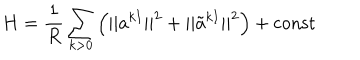
H = { \frac { 1 } { R } } \sum _ { k > 0 } \left( | | a ^ { k I } | | ^ { 2 } + | | \tilde { a } ^ { k I } | | ^ { 2 } \right) + \mathrm { c o n s t }